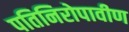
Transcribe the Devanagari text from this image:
पतिनिरोपावीण